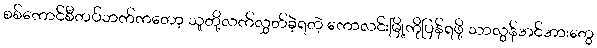
စစ်ကောင်စီတပ်ဘက်ကတော့ သူတို့လက်လွှတ်ခဲ့ရတဲ့ ကောလင်းမြို့ကိုပြန်ရဖို့ သာလွန်အင်အားတွေ